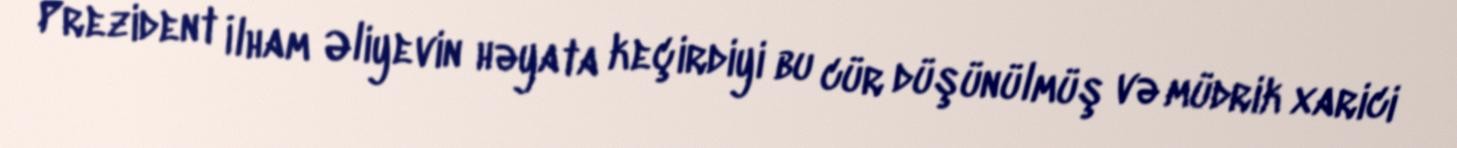
Prezident İlham Əliyevin həyata keçirdiyi bu cür düşünülmüş və müdrik xarici